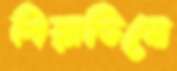
শিয়াভিনো